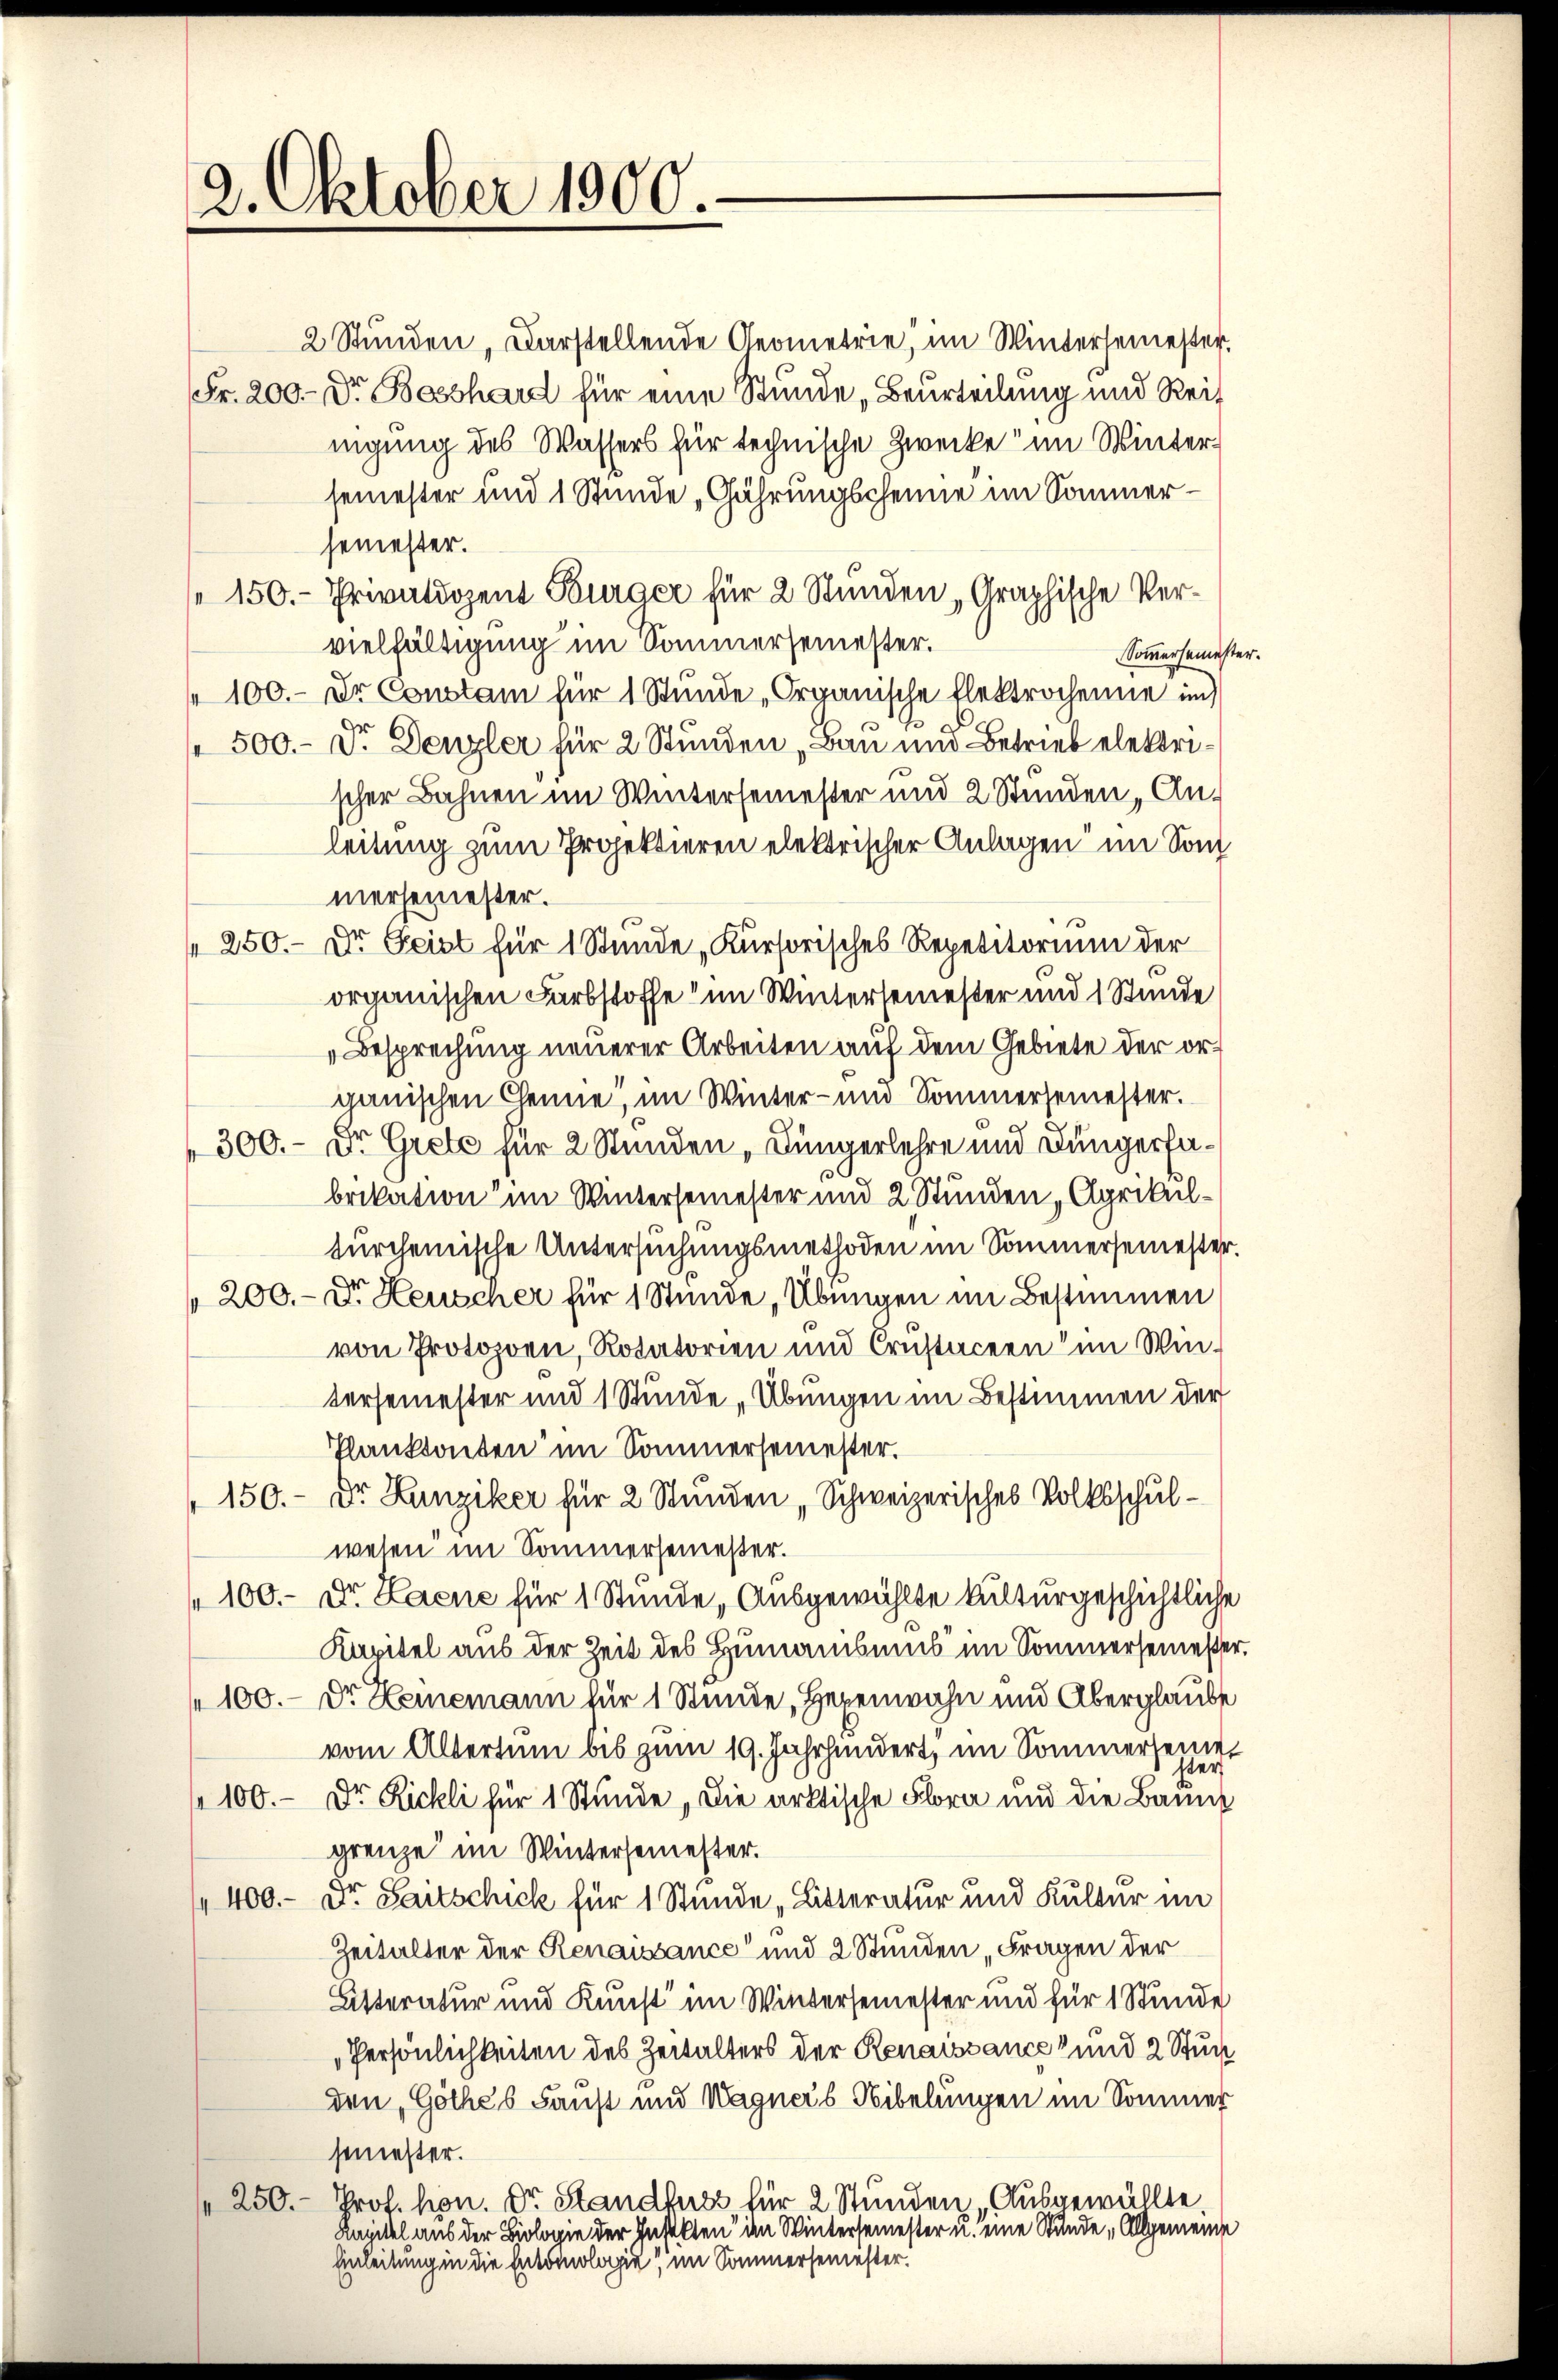
2. Oktober 1900.

2 Stunden, Darstellende Geometrie, im Wintersemester.
Fr. 200. - Dr. Beschard für eine Stunde Beurteilung und Reit
nigung des Wassers für technische Zwecke im Wintersemester und 1 Stunde „Gährungscheine im Sommersemester.
150.- Privatdozent Fourace für 2 Stunden „Graphische Vervielfältigung im Sommersemester.
Sommersemester.
" 100.- Dr. Constam für 1 Stunde „Organische Elektrochenne im
500.- Dr. Denzler für 2 Stunden „Bau und Betrieb elektrischer Bahnen im Wintersemester und 2 Stunden Anleitung zum Projektieren elektrischer Anlagen im Som
mersemester.
" 250.- Dr. Geist für 1 Stunde „Kursorisches Repetitorium der
organischen Farbstoffe im Wintersemester und 1 Stunde
Besprechung neuerer Arbeiten auf dem Gebiete der organischen Chenne, im Winter- und Sommersemester.
300. - Dr. Grete für 2 Stunden „Jüngerlehre und Düngerfabrikation im Wintersemester und 2 Stunden Agrikultürchemische Untersuchungsmethoden im Sommersemester.
des
200.- u. Heuscher für 1 Stunde, Übinigen im Bestimmen
von Protozoen, Rotatorien und Constaceen" im Win-
tersemester und 1 Stunde „Übungen im Bestimmen der
Plankonten im Sommersemester.
150.- Dr. Lunziker für 2 Stunden „Schweizerisches Volksschulwesen im Sommersemesser.
100.- Dr. Haene für 1 Stunde, Ausgewählte Kulturgeschichtliche
Kapitel aus der Zeit des Humanibus im Sommersemesser.
100. - Dr. Heinemann für 1 Stunde, Hegenwahn und Aberglaube
vom Altertum bis zum 19. Jahrhundert, im Sommerseiner
er
100.- Dr. Richli für 1 Stŭnde, die aktische Flora und die Bann
grenze im Wintersemester.
" 400.- Dr. Saitschick für 1 Stunde „Litteratur und Kultur im
Zeitalter der Renaissance“ und 2 Stunden Fragen der
Litteratur und Kunst im Wintersemester und für 1 Stunde
Persönlichkeiten des Zeitalters der Renaissance und 2 Stun
den, Göthes Faust und Wagners Nibelungen im Sommer
semester.
250.- Prof. hon. Dr. Standfuss für 2 Stunden Ausgewählte,
Kapitel aus der Biologie der Insekten im Wintersemester u. eine Stunde, Allgemeine
Einleitung in die Entomologie, im Sommersemester.